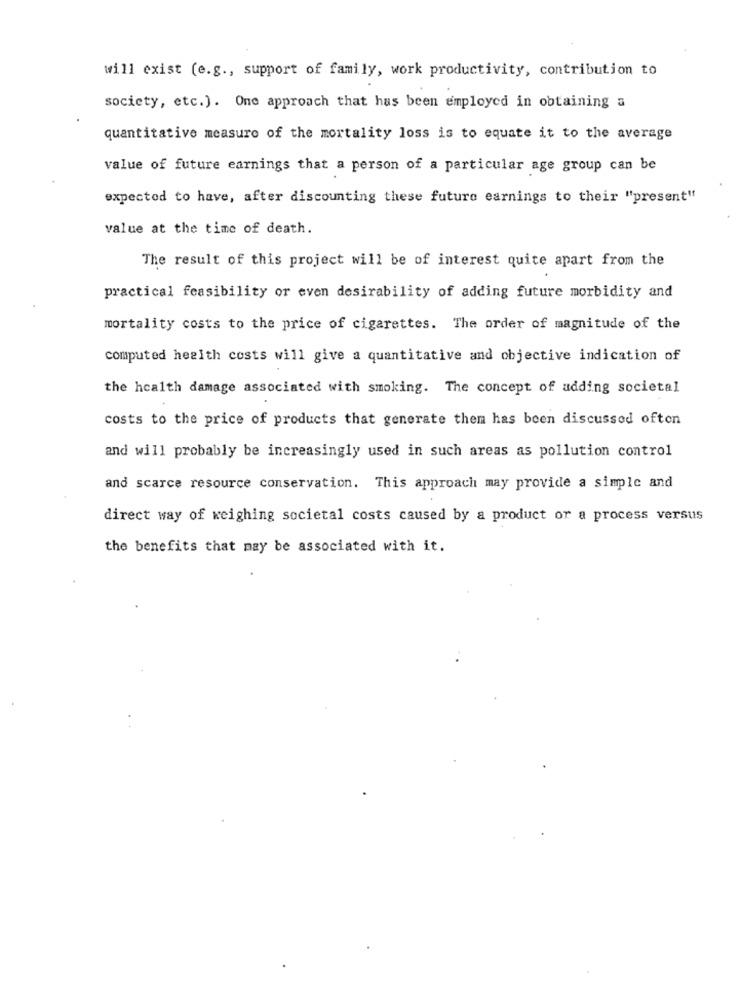
will exist (e.g ., support of family, work productivity, contribution to
society, etc.). One approach that has been employed in obtaining a
quantitative measure of the mortality loss is to equate it to the average
value of future earnings that a person of a particular age group can be
expected to have, after discounting these future earnings to their "present"
value at the time of death.
The result of this project will be of interest quite apart from the
practical feasibility or even desirability of adding future morbidity and
mortality costs to the price of cigarettes. The order of magnitude of the
computed health costs will give a quantitative and objective indication of
the health damage associated with smoking. The concept of adding societal
costs to the price of products that generate them has been discussed often
and will probably be increasingly used in such areas as pollution control
and scarce resource conservation. This approach may provide a simple and
direct way of weighing societal costs caused by a product or a process versus
the benefits that may be associated with it.